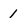
Character: 1